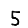
Digit: 5